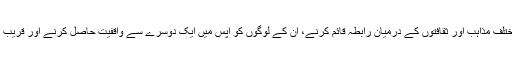
ان کا کہنا ہے کہ یہ نمائش مختلف مذاہب اور ثقافتوں کے درمیان رابطہ قائم کرنے، ان کے لوگوں کو آپس میں ایک دوسرے سے واقفیت حاصل کرنے اور قریب لانے میں مددگار ثابت ہوگی۔